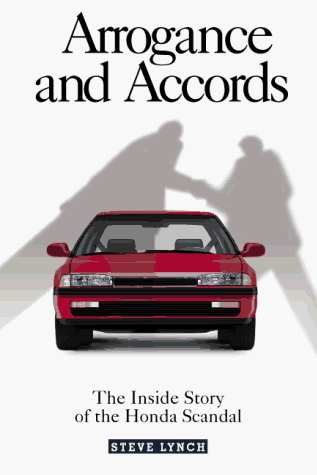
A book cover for Arrogance and Accords: The Inside Story of the Honda Scandal; Steve Lynch; Engineering & Transportation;